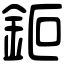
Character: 鉕